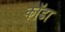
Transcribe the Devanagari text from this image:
कॉडा